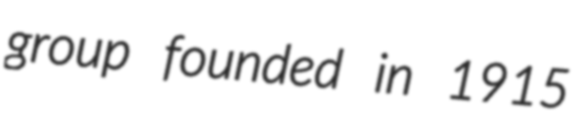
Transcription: group founded in 1915